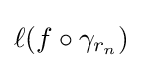
\ell (f\circ \gamma _{r_{n}})